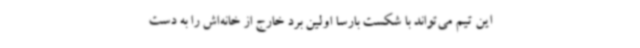
این تیم می‌تواند با شکست بارسا اولین برد خارج از خانه‌اش را به دست